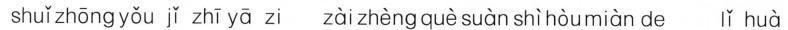
shuǐzhōng yǒu jǐ zhī yā zi zàizhèng què suàn shì hòumiàn deǐ huà